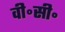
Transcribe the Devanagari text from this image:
वी॰सी॰